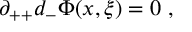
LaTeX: \partial _ { + + } d _ { - } \Phi ( x , \xi ) = 0 \, \, ,